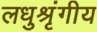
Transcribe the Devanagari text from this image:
लधुश्रृंगीय